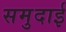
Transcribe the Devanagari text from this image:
समुदाई